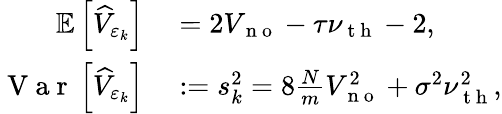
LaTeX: \begin{array}{rl}{\mathbb{E}\left[\widehat{V}_{\varepsilon_{k}}\right]}&{{}=2V_{\mathrm{~n~o~}}-\tau\nu_{\mathrm{~t~h~}}-2,}\\ {\mathrm{~V~a~r~}\left[\widehat{V}_{\varepsilon_{k}}\right]}&{{}:=s_{k}^{2}=8\frac{N}{m}V_{\mathrm{~n~o~}}^{2}+\sigma^{2}\nu_{\mathrm{~t~h~}}^{2},}\end{array}